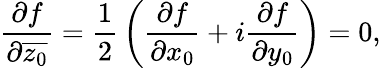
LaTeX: \frac{\partial f}{\partial{\overline{{z_{0}}}}}={\frac{1}{2}}\left({\frac{\partial f}{\partial x_{0}}}+i{\frac{\partial f}{\partial y_{0}}}\right)=0,